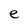
Character: e